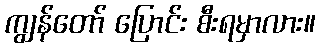
ကျွန်တော် ပြောင်း စီးရမှာလား။